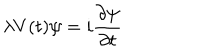
\lambda V ( t ) \psi = i \frac { \partial \psi } { \partial t }